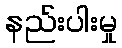
နည်းပါးမှု